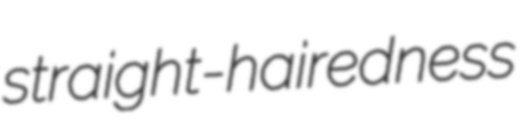
straight-hairedness